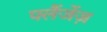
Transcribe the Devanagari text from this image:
फ्लैंजेंज़